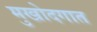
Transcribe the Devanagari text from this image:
मुखोदगात